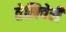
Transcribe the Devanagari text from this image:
तेलिचेरी